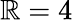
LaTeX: \mathbb{R}=4